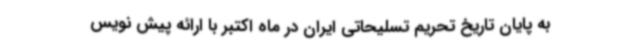
به پایان تاریخ تحریم تسلیحاتی ایران در ماه اکتبر با ارائه پیش نویس